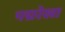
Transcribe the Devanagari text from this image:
पद्मरेखा